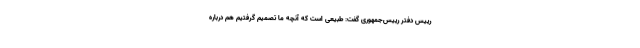
رییس دفتر رییس‌جمهوری گفت: طبیعی است که آنچه ما تصمیم گرفتیم هم درباره